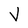
Character: v